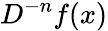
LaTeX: D^{-n}f(x)